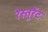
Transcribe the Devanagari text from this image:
रेस्तूरेंट